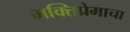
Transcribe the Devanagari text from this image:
भक्तिप्रेमाचा